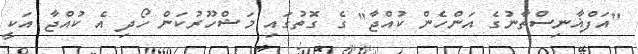
"އަފްޣާނިސްތާނުގެ އަންހެން ކުއްޖާ" ގެ ގޮތުގައި މަޝްހޫރުކަން ހޯދި އެ ކުއްޖާ އަކީ